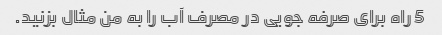
5 راه برای صرفه جویی در مصرف آب را به من مثال بزنید.